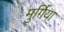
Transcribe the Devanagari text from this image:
मुर्गिया